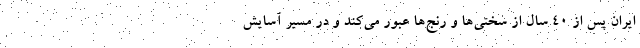
ایران پس از 40 سال از سختی‌ها و رنج‌ها عبور می‌کند و در مسیر آسایش